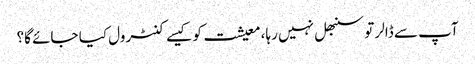
آپ سے ڈالر تو سنبھل نہیں رہا، معیشت کو کیسے کنٹرول کیا جائے گا؟